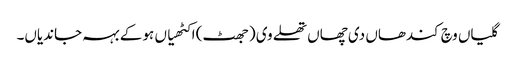
گلیاں وچ کندھاں دی چھاں تھلے وی (جھٹ) اکٹھیاں ہو کے بہہ جاندیاں۔